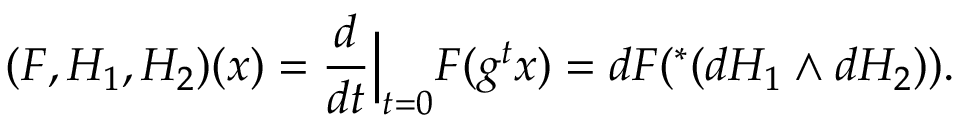
( F , H _ { 1 } , H _ { 2 } ) ( x ) = \frac { d } { d t } \Big | _ { t = 0 } F ( g ^ { t } x ) = d F ( ^ { * } ( d H _ { 1 } \wedge d H _ { 2 } ) ) .